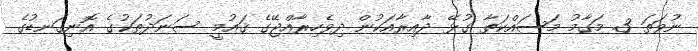
ނުވަތަ 3. މަގާމު މަސައްކަތާ ގުޅޭ ދާއިރާއަކުން ދިވެހިރާއްޖޭގެ ޤައުމީ ސަނަދުތަކުގެ އޮނިގަނޑުގެ